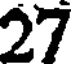
27